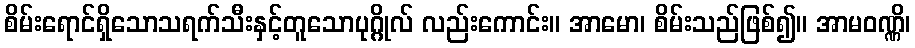
စိမ်းရောင်ရှိသောသရက်သီးနှင့်တူသောပုဂ္ဂိုလ် လည်းကောင်း။ အာမော၊ စိမ်းသည်ဖြစ်၍။ အာမဝဏ္ဏိ၊